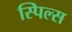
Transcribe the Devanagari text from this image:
स्पिल्स